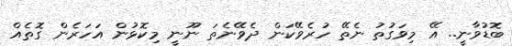
ބޮޑުވާނީ.. އޭ މިވަގުތު ނެތޭ ހުރެވޭކަން ދެވޭނެތަ ނޫނީ މިކޮޅުން އަހަރެން ގޮތެއް